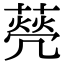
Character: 𦺺